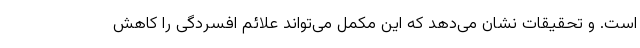
است. و تحقیقات نشان می‌دهد که این مکمل می‌تواند علائم افسردگی را کاهش